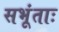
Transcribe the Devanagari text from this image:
सभूंताः